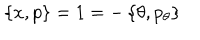
\left\{ x , p \right\} = 1 = - \left\{ \theta , p _ { \theta } \right\}